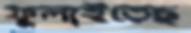
ফুলাইতেছ